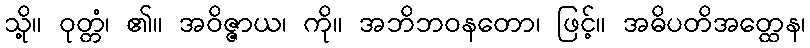
သို့။ ဝုတ္တံ၊ ၏။ အဝိဇ္ဇာယ၊ ကို။ အဘိဘဝနတော၊ ဖြင့်။ အဓိပတိအတ္ထေန၊